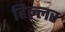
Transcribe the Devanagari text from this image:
हिल्लर